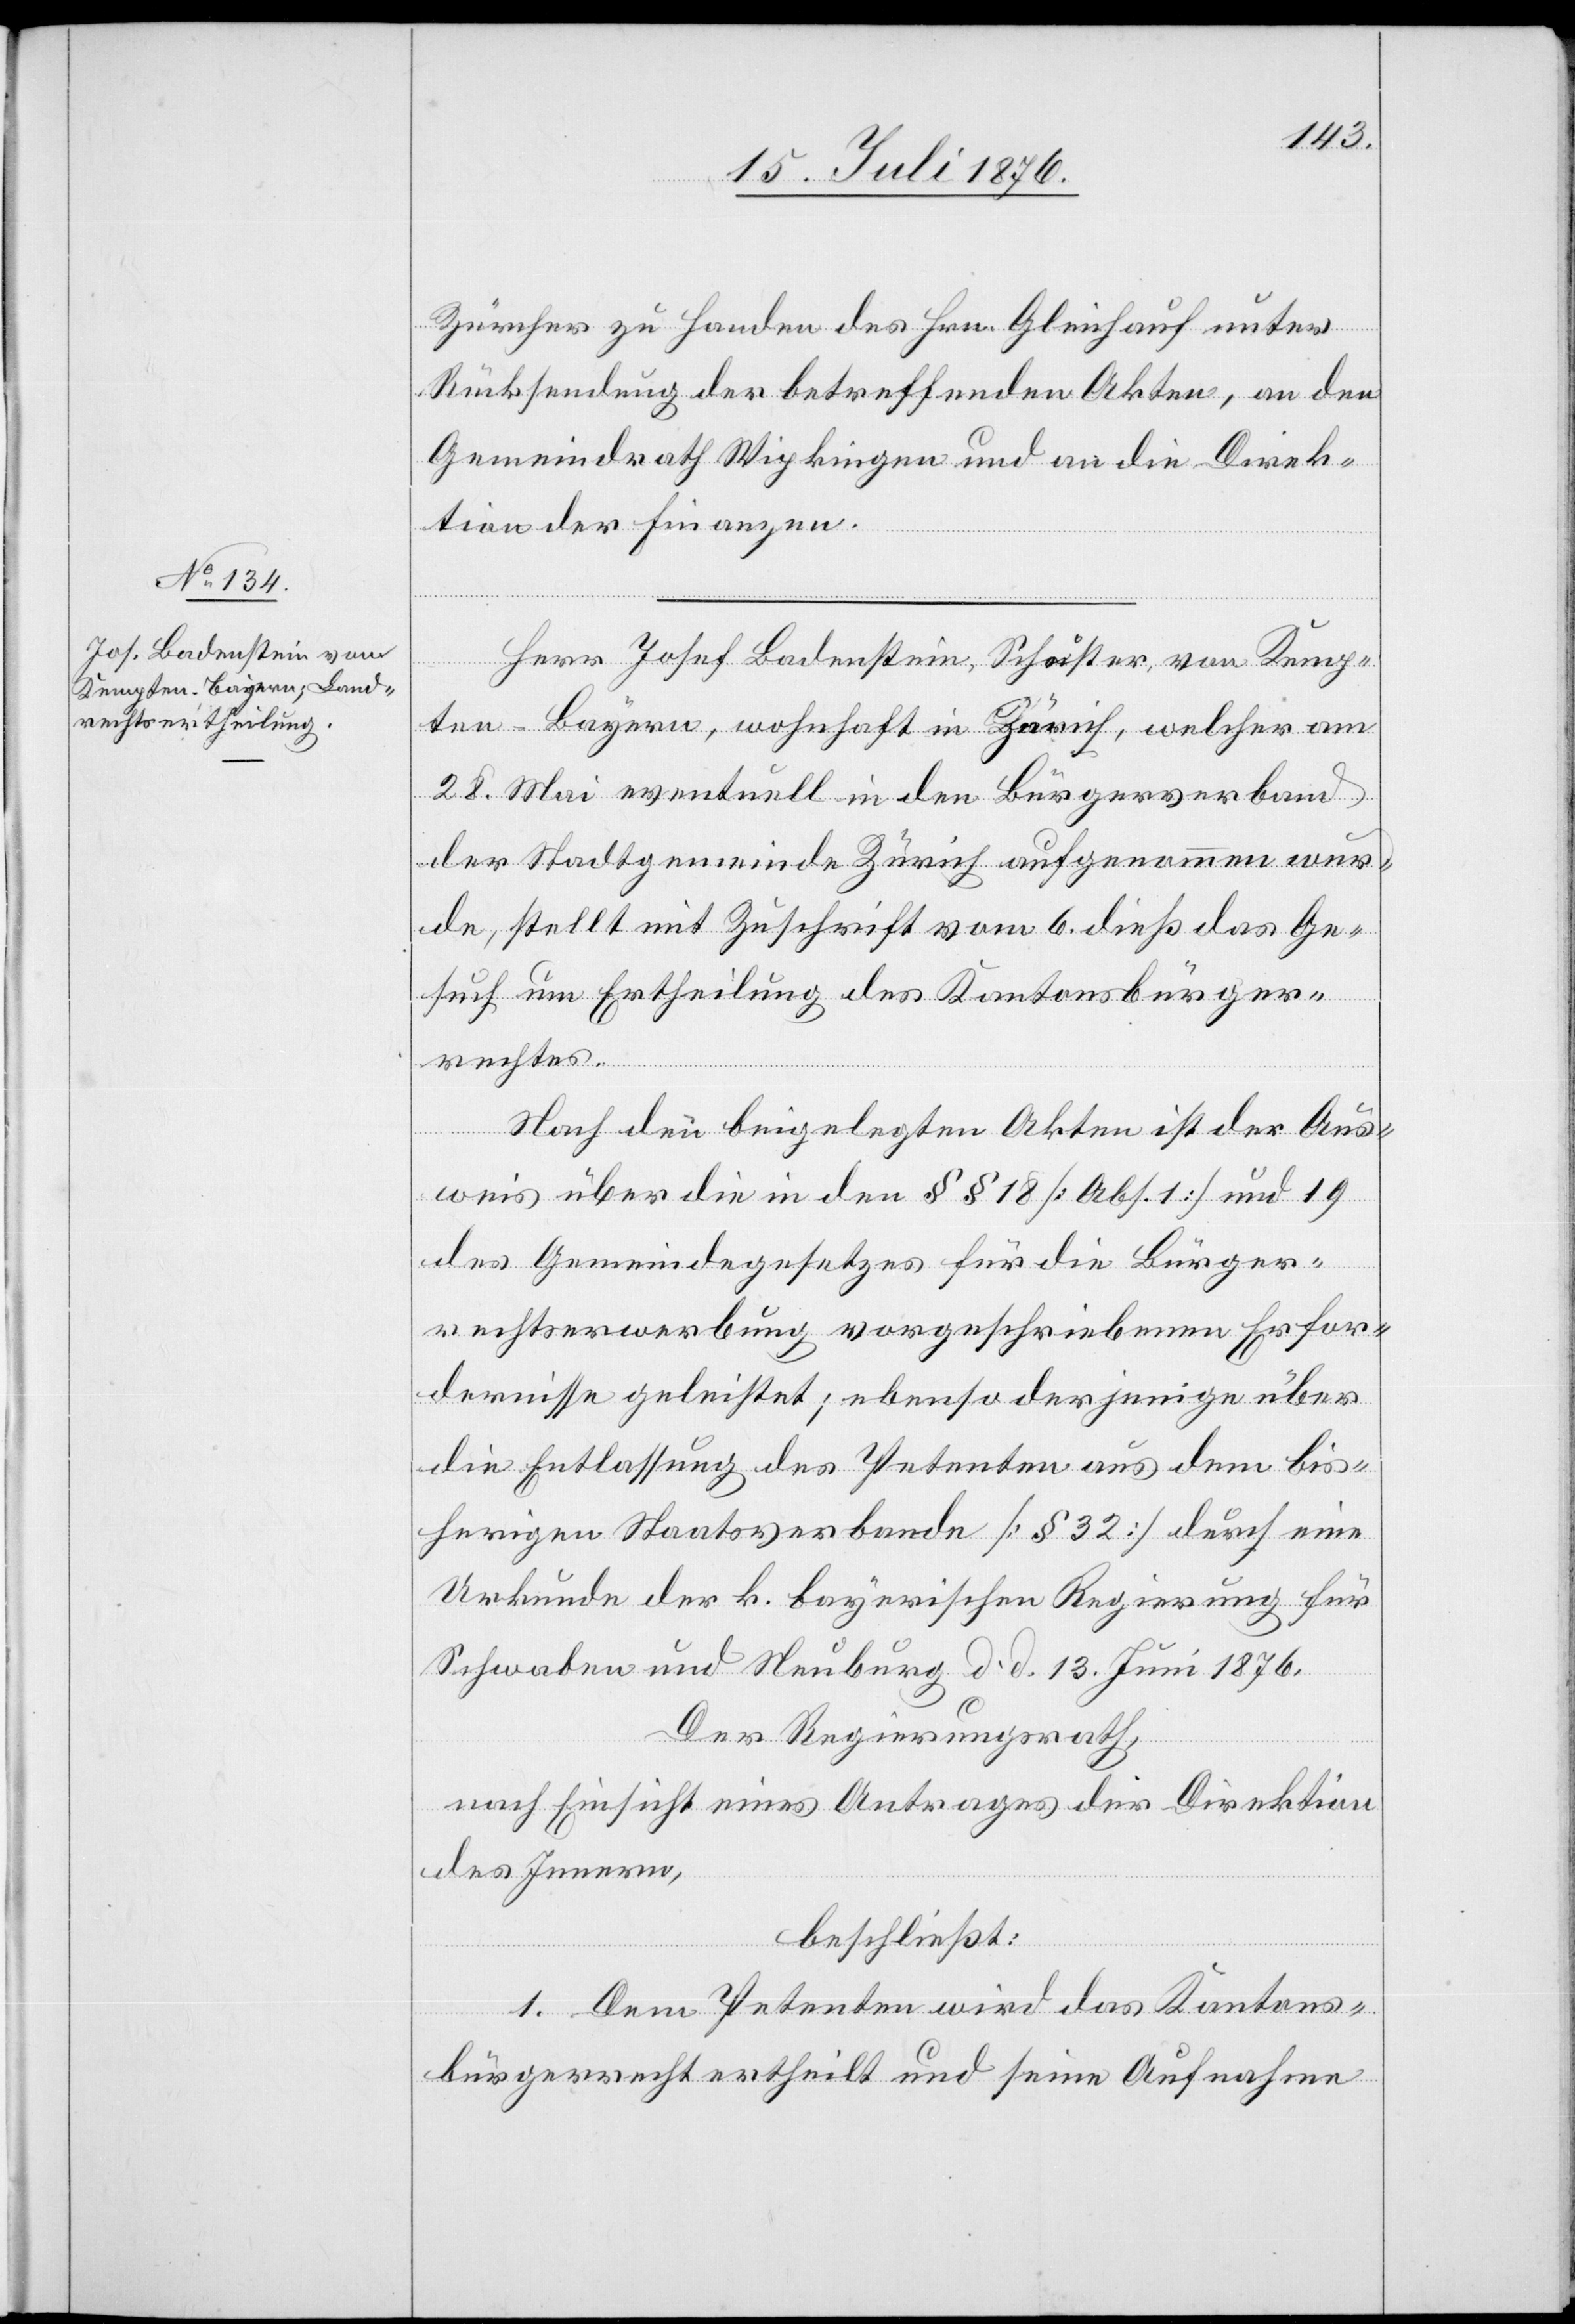
Zürcher zu Handen des Hrn. Gleichauf unter
Rücksendung der betreffenden Akten, an den
Gemeindrath Wipkingen und an die Direk¬
tion der Finanzen.
Herr Josef Badenstein, Schuster, von Kemp¬
ten - Bayern, wohnhaft in Zürich, welcher am
28. Mai eventuell in den Bürgerverband
der Stadtgemeinde Zürich aufgenommen wur¬
de, stellt mit Zuschrift vom 6. dieß das Ge¬
such um Ertheilung des Kantonsbürger¬
rechtes.
Nach den beigelegten Akten ist der Aus¬
weis über die in den §§ 18 [Abs. 1] und 19
des Gemeindegesetzes für die Bürger¬
rechtserwerbung vorgeschriebenen Erfor¬
dernisse geleistet; ebenso derjenige über
die Entlassung des Petenten aus dem bis¬
herigen Staatsverbande [§ 32] durch eine
Urkunde der k. bayerischen Regierung für
Schwaben und Neuburg d. d. 13. Juni 1876.
Der Regierungsrath,
nach Einsicht eines Antrages der Direktion
des Innern,
beschließt:
1. Dem Petenten wird das Kantons¬
bürgerrecht ertheilt und seine Aufnahme